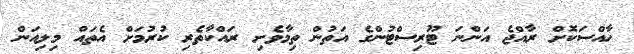
ހާއްސަކޮށް ރާއްޖެ އަންނަ ޓޫރިސްޓުންގެ އަތުން ތިމާވެށި ރައްކާތެރި ކުރުމަށް އެތައް މިލިއަން